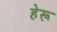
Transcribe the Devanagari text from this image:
हेरू